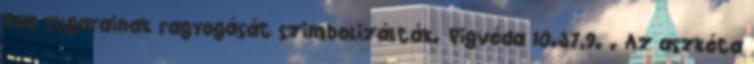
Nap sugarainak ragyogását szimbolizálták. Rigvéda 10.37,9. . Az aszkéta